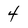
Character: 4